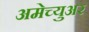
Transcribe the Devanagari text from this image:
अमेच्युअर